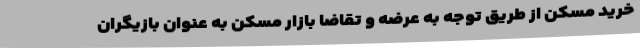
خرید مسکن از طریق توجه به عرضه و تقاضا بازار مسکن به عنوان بازیگران